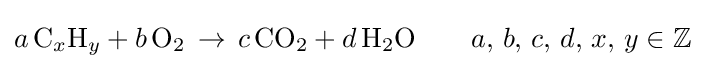
a\,{\text{C}}_{x}{\text{H}}_{y}+b\,{\text{O}}_{2}\,\rightarrow \,c\,{\text{CO}}_{2}+d\,{\text{H}}_{2}{\text{O}}\qquad a,\,b,\,c,\,d,\,x,\,y\in \mathbb {Z}